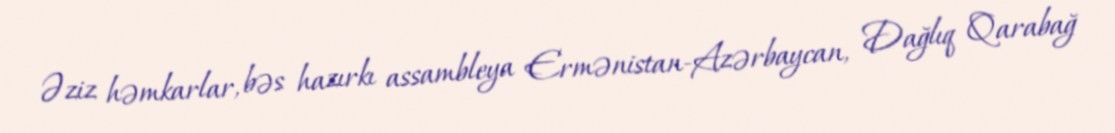
Əziz həmkarlar, bəs hazırkı assambleya Ermənistan-Azərbaycan, Dağlıq Qarabağ